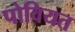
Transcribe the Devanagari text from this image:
पोवियत